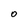
Character: O